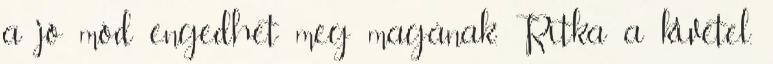
a jó mód engedhet meg magának. Ritka a kivétel.